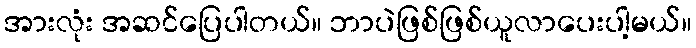
အားလုံး အဆင်ပြေပါတယ်။ ဘာပဲဖြစ်ဖြစ်ယူလာပေးပါ့မယ်။